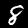
Digit: 8